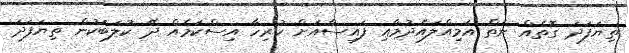
ތިޔަފަދަ ގޮތެއް ނެތް އަމިއްލައެދުމާއި ފައިސާއަށް ހުރިހާ އިސްކަމެއް ދޭ ކުލަބަކުން ތިޔަފަދަ